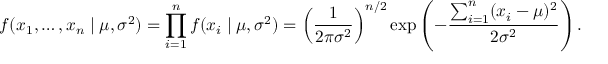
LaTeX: f ( x _ { 1 } , \ldots , x _ { n } \mid \mu , \sigma ^ { 2 } ) = \prod _ { i = 1 } ^ { n } f ( x _ { i } \mid \mu , \sigma ^ { 2 } ) = \left( { \frac { 1 } { 2 \pi \sigma ^ { 2 } } } \right) ^ { n / 2 } \exp \left( - { \frac { \sum _ { i = 1 } ^ { n } ( x _ { i } - \mu ) ^ { 2 } } { 2 \sigma ^ { 2 } } } \right) .